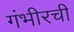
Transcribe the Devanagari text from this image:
गंभीरची